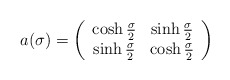
\begin{align*}a(\sigma)=\left(\begin{array}{cc} \cosh\frac{\sigma}{2} &\sinh\frac{\sigma}{2}\\ \sinh\frac{\sigma}{2} &\cosh\frac{\sigma}{2} \end{array}\right)\end{align*}